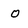
Character: O